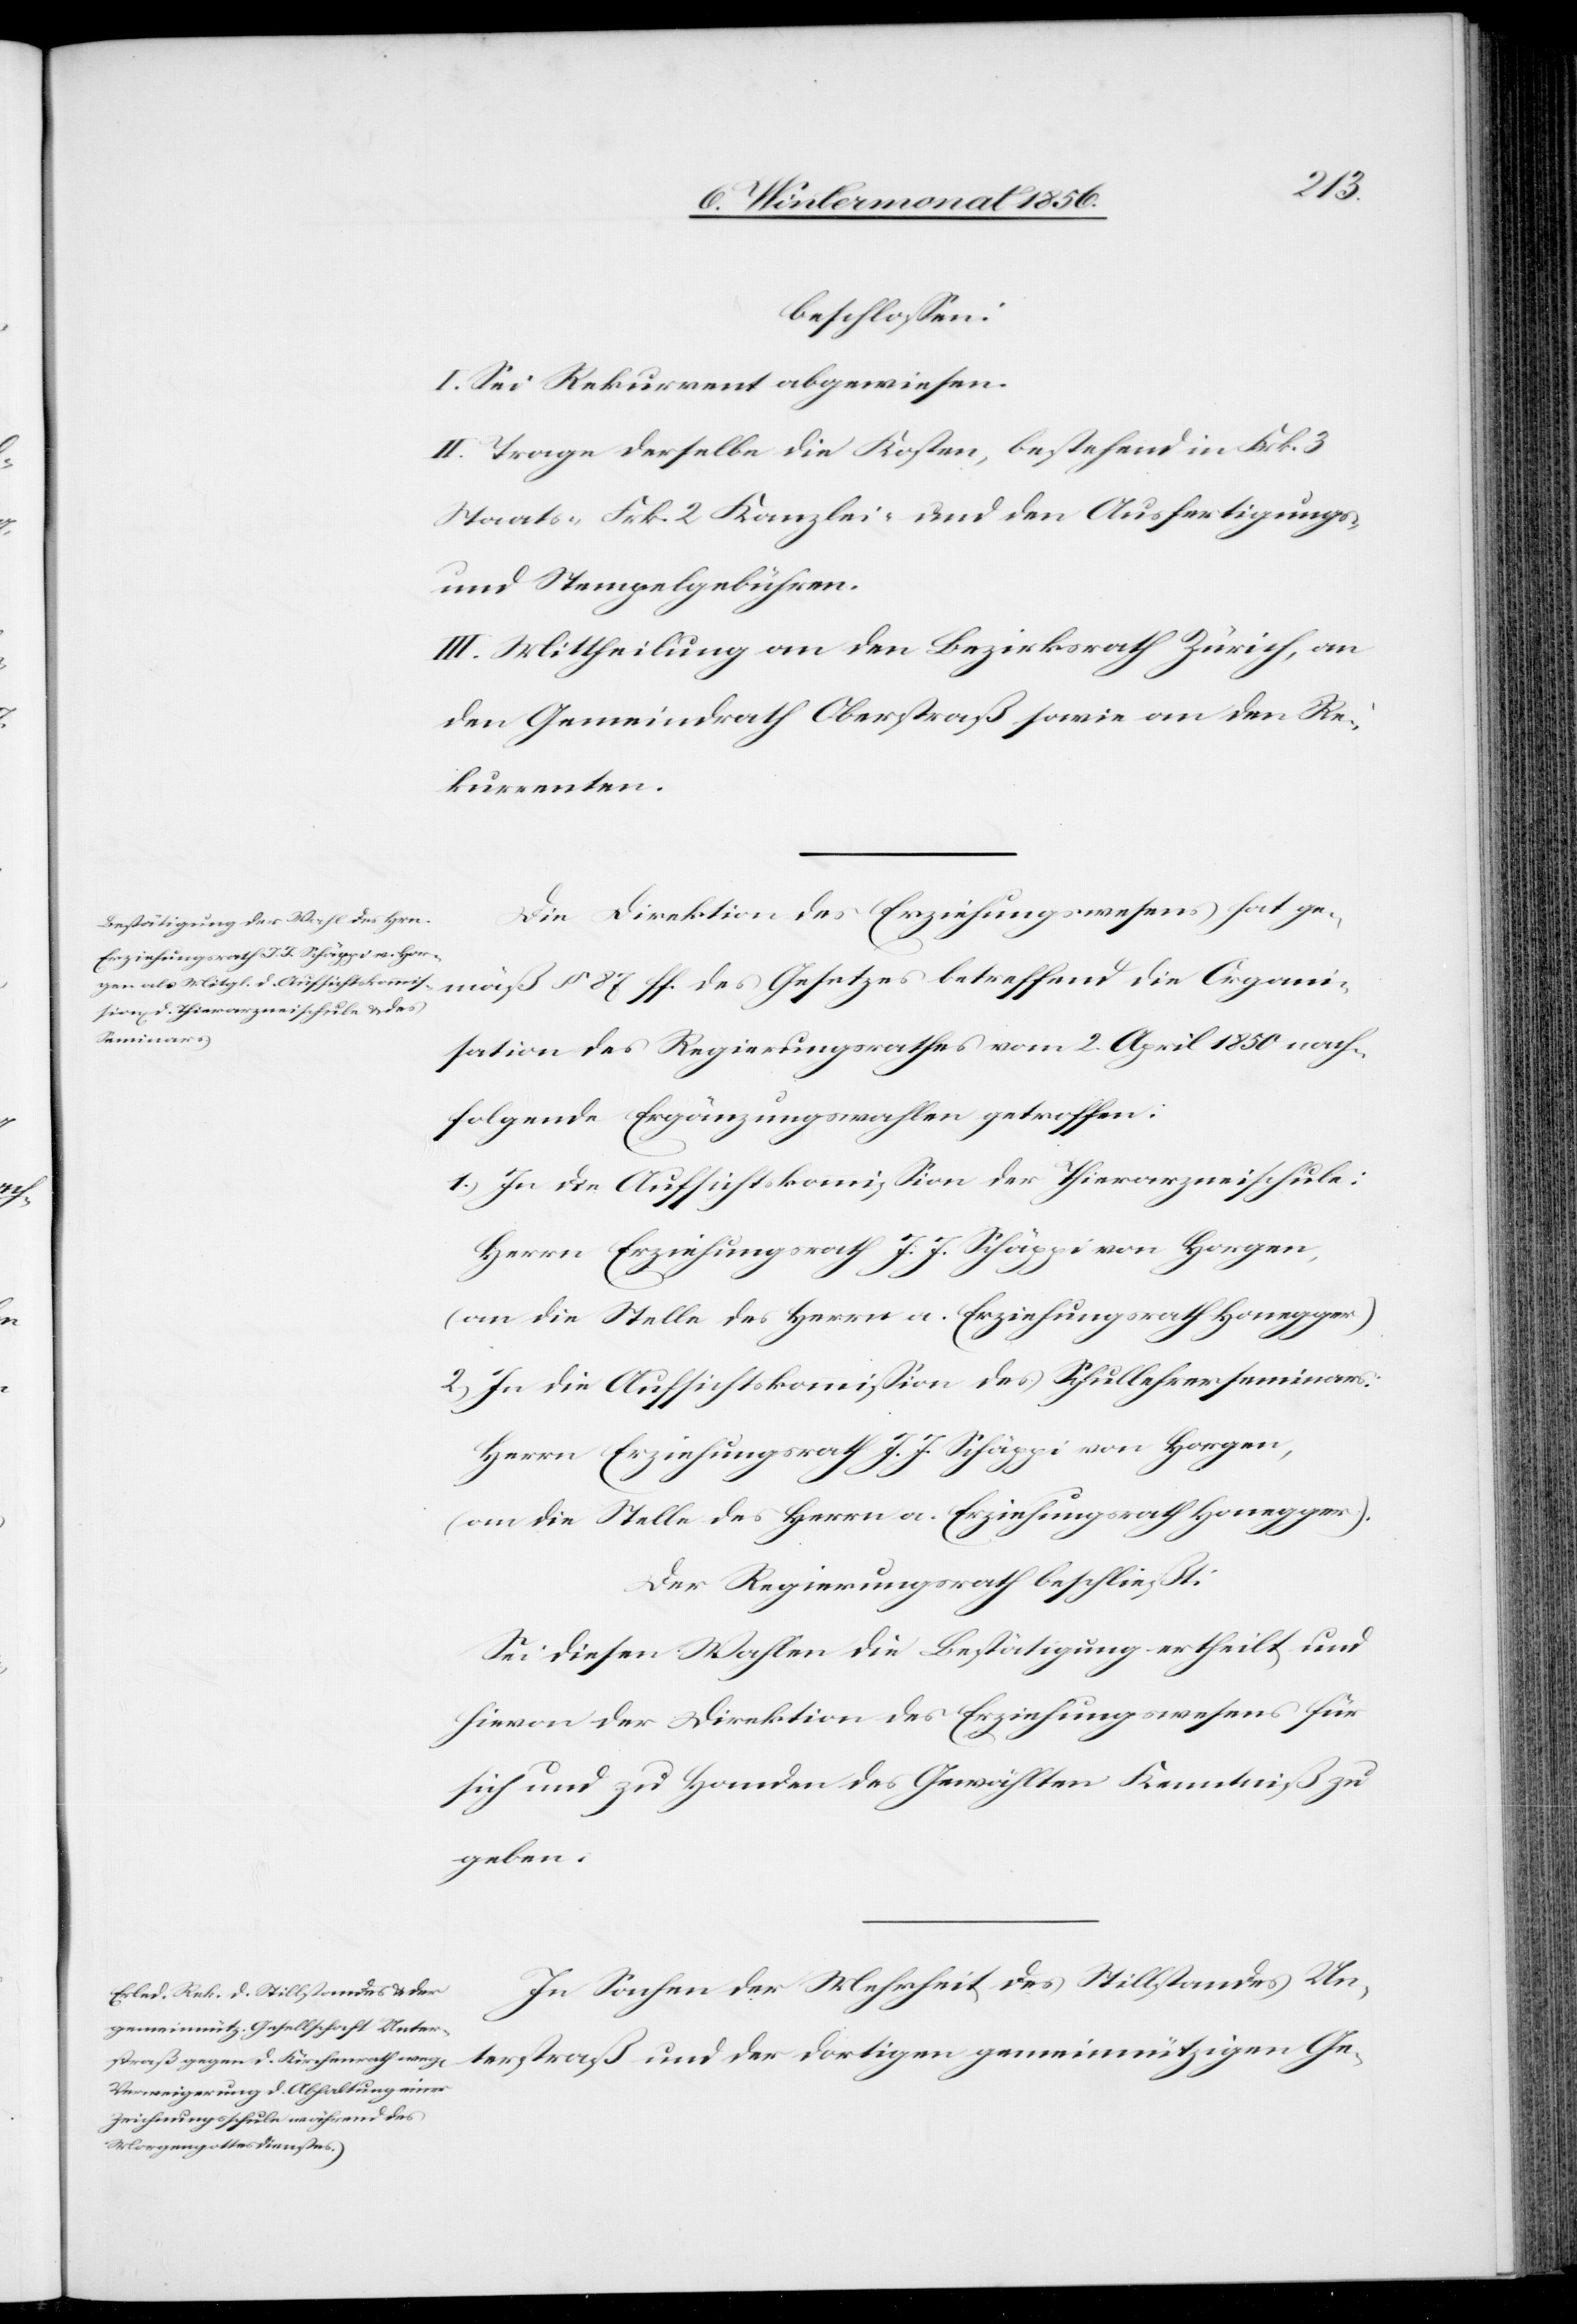
beschlossen:
I. Sei Rekurrent abgewiesen.
II. Trage derselbe die Kosten, bestehend in Frk. 3
Staats-[,] Frk. 2 Kanzlei- und den Ausfertigungs-
und Stempelgebühren.
III. Mittheilung an den Bezirksrath Zürich, an
den Gemeindrath Oberstraß sowie an den Re¬
kurrenten.
Die Direktion des Erziehungswesens hat ge¬
mäß § 87 ff. des Gesetzes betreffend die Organi¬
sation des Regierungsrathes vom 2. April 1850 nach¬
folgende Ergänzungswahlen getroffen:
1.) In die Aufsichtskommission der Thierarzneischule:
(an die Stelle des Herrn a. Erziehungsrath Honegger).
2.) In die Aufsichtskommission des Schullehrerseminars:
Herrn Erziehungsrath J. J. Schäppi von Horgen,
Der Regierungsrath beschließt:
Sei diesen Wahlen die Bestätigung ertheilt und
hievon der Direktion des Erziehungswesens für
sich und zu Handen des Gewählten Kenntniß zu
geben.
In Sachen der Mehrheit des Stillstandes Un¬
terstraß und der dortigen gemeinnützigen Ge-